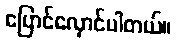
ပြောင်လှောင်ပါတယ်။